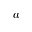
a